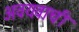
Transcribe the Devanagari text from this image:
अवयवाची